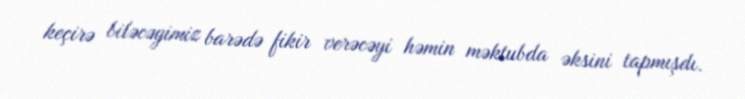
keçirə biləcəyimiz barədə fikir verəcəyi həmin məktubda əksini tapmışdı.